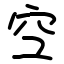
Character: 𫞹